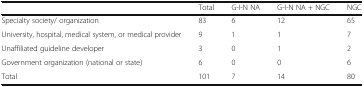
<table><thead><tr><td></td><td><b>Total</b></td><td><b>G-I-N NA</b></td><td><b>G-I-N NA + NGC</b></td><td><b>NGC</b></td></tr></thead><tbody><tr><td>Specialty society/ organization</td><td>83</td><td>6</td><td>12</td><td>65</td></tr><tr><td>University, hospital, medical system, or medical provider</td><td>9</td><td>1</td><td>1</td><td>7</td></tr><tr><td>Unaffiliated guideline developer</td><td>3</td><td>0</td><td>1</td><td>2</td></tr><tr><td>Government organization (national or state)</td><td>6</td><td>0</td><td>0</td><td>6</td></tr><tr><td>Total</td><td>101</td><td>7</td><td>14</td><td>80</td></tr></tbody></table>